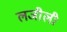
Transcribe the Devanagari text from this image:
लजीली